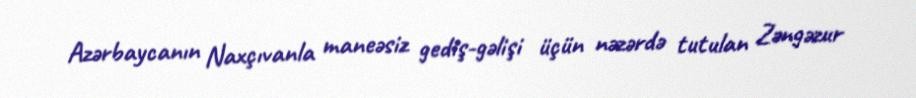
Azərbaycanın Naxçıvanla maneəsiz gediş-gəlişi üçün nəzərdə tutulan Zəngəzur